Document type: Barter
Year: 1304
Scribe: Pere Pometa
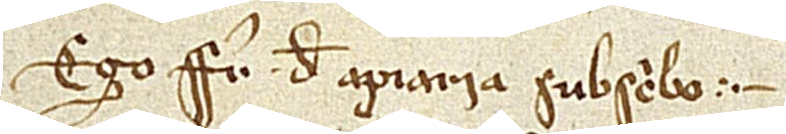
Ego frater de Apiaria subscribo.